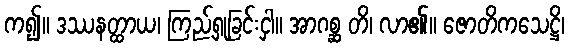
က၍။ ဒဿနတ္ထာယ၊ ကြည့်ရှုခြင်းငှါ။ အာဂစ္ဆ တိ၊ လာ၏။ ဇောတိကသေဋ္ဌိ၊